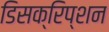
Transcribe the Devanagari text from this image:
डिसक्रिप्शन